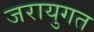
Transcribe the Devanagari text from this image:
जरायुगत